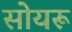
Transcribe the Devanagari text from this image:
सोयरू